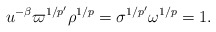
\begin{align*} u^{-\beta} \varpi^{1/p'} \rho^{1/p}= \sigma^{1/p'} \omega^{1/p} = 1. \end{align*}